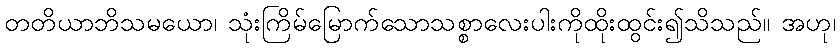
တတိယာဘိသမယော၊ သုံးကြိမ်မြောက်သောသစ္စာလေးပါးကိုထိုးထွင်း၍သိသည်။ အဟု၊